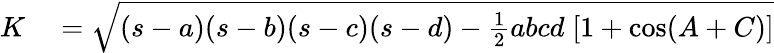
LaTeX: \begin{array}{rl}{K}&{{}={\sqrt{(s-a)(s-b)(s-c)(s-d)-{\frac{1}{2}}abcd\; [1+\cos(A+C)]}}}\end{array}